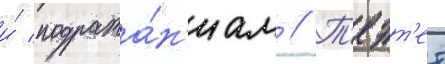
и́ подража́н'иам // Т'еэт'ет